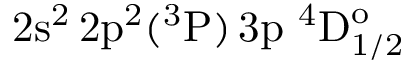
\mathrm { 2 s ^ { 2 } \, 2 p ^ { 2 } ( ^ { 3 } P ) \, 3 p ~ ^ { 4 } D _ { 1 / 2 } ^ { o } }